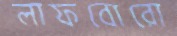
লাফবোরো